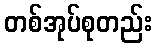
တစ်အုပ်စုတည်း